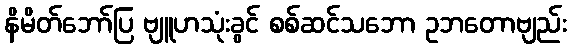
နိမိတ်ဘော်ပြ ဗျူဟသုံးခွင် စစ်ဆင်သဘော ဥဘတောဗျည်း